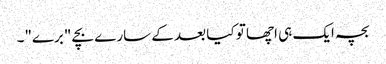
بچہ ایک ہی اچھا تو کیا بعد کے سارے بچے "برے"۔